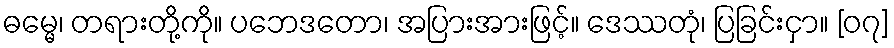
ဓမ္မေ၊ တရားတို့ကို။ ပဘေဒတော၊ အပြားအားဖြင့်။ ဒေဿတုံ၊ ပြခြင်းငှာ။ [၀၇]